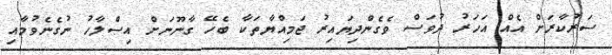
ސަރުކާރަށް އެއް އަހަރު ދުވަސް ވެގެންދިޔައިރު ޖަމިއްޔާތަކާ ބެހޭ ގާނޫނަށް އިސްލާހު ނުގެނެވުމާއި